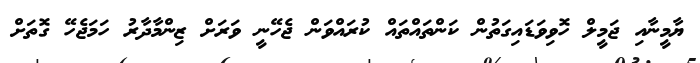
ޔާމީނާއި ޖަމީލް ހޮވިވަޑައިގަތުން ކަންތައްތައް ކުރައްވަން ޖެހޭނީ ވަރަށް ޒިންމާދާރު ހަމަޖެހޭ ގޮތަށް